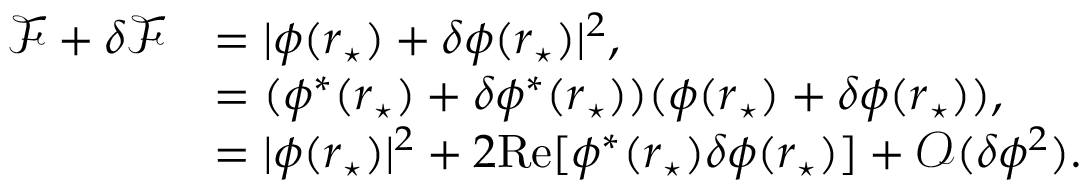
\begin{array} { r l } { \mathcal { F } + \delta \mathcal { F } } & { = | \phi ( \boldsymbol { r } _ { \star } ) + \delta \phi ( \boldsymbol { r } _ { \star } ) | ^ { 2 } , } \\ & { = ( \phi ^ { * } ( \boldsymbol { r } _ { \star } ) + \delta \phi ^ { * } ( \boldsymbol { r } _ { \star } ) ) ( \phi ( \boldsymbol { r } _ { \star } ) + \delta \phi ( \boldsymbol { r } _ { \star } ) ) , } \\ & { = | \phi ( \boldsymbol { r } _ { \star } ) | ^ { 2 } + 2 \mathrm { R e } [ \phi ^ { * } ( \boldsymbol { r } _ { \star } ) \delta \phi ( \boldsymbol { r } _ { \star } ) ] + \mathcal { O } ( \delta \phi ^ { 2 } ) . } \end{array}